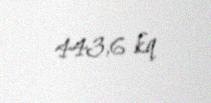
443,6 kq